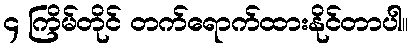
၄ ကြိမ်တိုင် တက်ရောက်ထားနိုင်တာပါ။